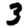
Digit: 3